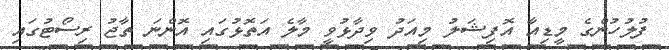
ފުލުހުންގެ މީޑިއާ އޮފިޝަލު މިއަދު ވިދާޅުވީ މާލެ އަތޮޅުގައި އޮންނަ ތާޖު ރިސޯޓުގައި